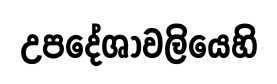
උපදේශාවලියෙහි